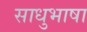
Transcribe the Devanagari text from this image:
साधुभाषा